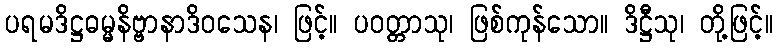
ပရမဒိဋ္ဌဓမ္မနိဗ္ဗာနာဒိဝသေန၊ ဖြင့်။ ပဝတ္တာသု၊ ဖြစ်ကုန်သော။ ဒိဋ္ဌီသု၊ တို့ဖြင့်။